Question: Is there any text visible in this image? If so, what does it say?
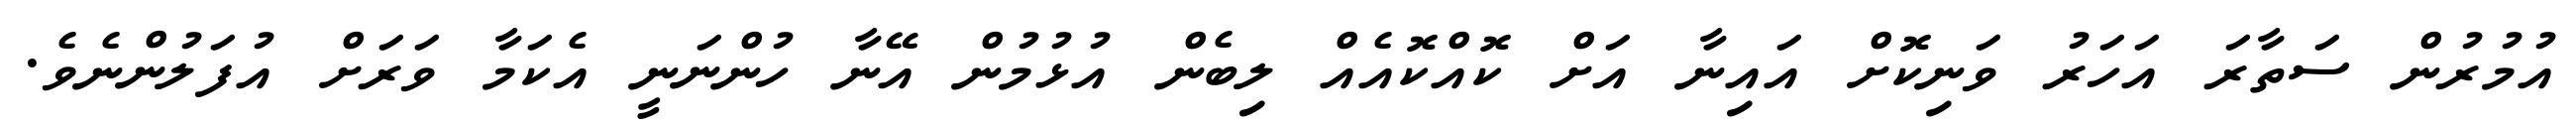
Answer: އުމުރުން ސަތާރަ އަހަރު ވަނިކޮށް އައިނާ އަށް ކޮއްކޮއެއް ލިބެން އުޅުމުން އޭނާ ހުންނަނީ އެކަމާ ވަރަށް އުފަލުންނެވެ.